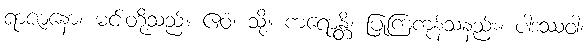
ရာဇာနော၊ မင်းတို့သည်။ ဧဝံ၊ သို့။ ကရောန္တိ၊ ပြုကြကုန်သနည်း။ ပါဒဿဝါ၊